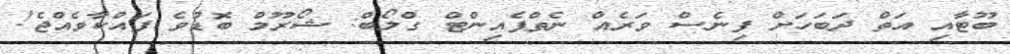
ބޫޓާއި އަތް ދަބަހަށް ފިނެސް ވަރެއް ނެތްޕެއިންޓް ގްލޯބް: ޝޯރޫމް ބޮޑުވެ ފައްކާވެއްޖެ!